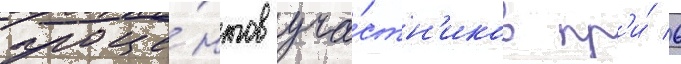
проце́нтов уча́стн'иков пр'и́ 6